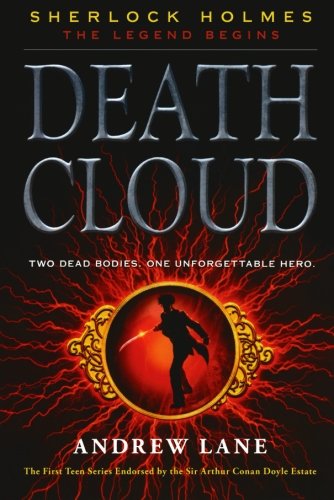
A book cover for Death Cloud (Sherlock Holmes: The Legend Begins); Andrew Lane; Teen & Young Adult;